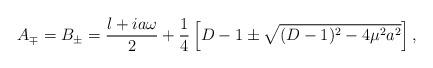
LaTeX: \begin{align*}A_{\mp}= B_{\pm}= \frac{l+ia\omega}{2} +\frac{1}{4}\left[D-1\pm\sqrt{(D-1)^{2}-4\mu^{2}a^{2}}\right],\end{align*}